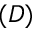
( D )